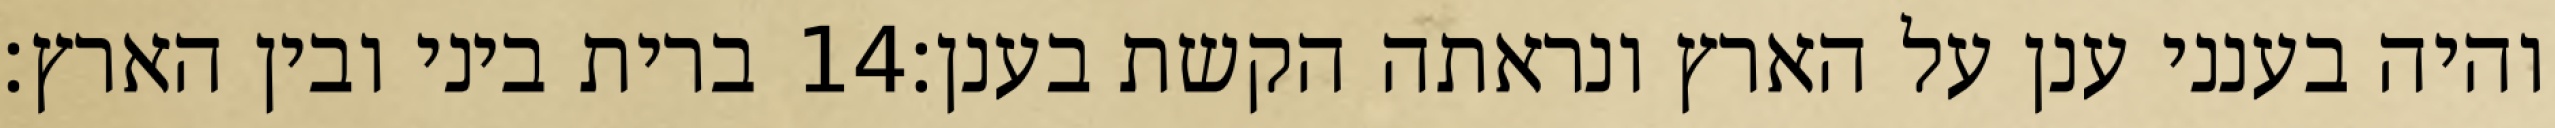
ברית ביני ובין הארץ׃ ‎14‏ והיה בענני ענן על הארץ ונראתה הקשת בענן׃